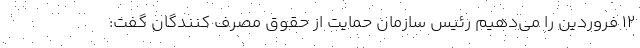
12 فروردین را می‌دهیم رئیس سازمان حمایت از حقوق مصرف کنندگان گفت: